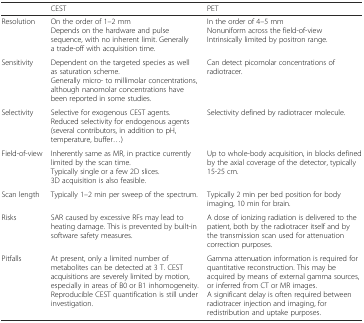
|  | CEST | PET |
 | --- | --- | --- |
 | Resolution | On the order of 1–2 mmDepends on the hardware and pulse sequence, with no inherent limit. Generally a trade-off with acquisition time. | In the order of 4–5 mmNonuniform across the field-of-viewIntrinsically limited by positron range. |
 | Sensitivity | Dependent on the targeted species as well as saturation scheme.Generally micro- to millimolar concentrations, although nanomolar concentrations have been reported in some studies. | Can detect picomolar concentrations of radiotracer. |
 | Selectivity | Selective for exogenous CEST agents.Reduced selectivity for endogenous agents (several contributors, in addition to pH, temperature, buffer...) | Selectivity defined by radiotracer molecule. |
 | Field-of-view | Inherently same as MR, in practice currently limited by the scan time.Typically single or a few 2D slices.3D acquisition is also feasible. | Up to whole-body acquisition, in blocks defined by the axial coverage of the detector, typically 15-25 cm. |
 | Scan length | Typically 1–2 min per sweep of the spectrum. | Typically 2 min per bed position for body imaging, 10 min for brain. |
 | Risks | SAR caused by excessive RFs may lead to heating damage. This is prevented by built-in software safety measures. | A dose of ionizing radiation is delivered to the patient, both by the radiotracer itself and by the transmission scan used for attenuation correction purposes. |
 | Pitfalls | At present, only a limited number of metabolites can be detected at 3 T. CEST acquisitions are severely limited by motion, especially in areas of B0 or B1 inhomogeneity.Reproducible CEST quantification is still under investigation. | Gamma attenuation information is required for quantitative reconstruction. This may be acquired by means of external gamma sources, or inferred from CT or MR images.A significant delay is often required between radiotracer injection and imaging, for redistribution and uptake purposes. |